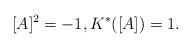
LaTeX: \begin{align*}\displaystyle{[A]^2 = -1, K^{*}([A]) = 1.}\end{align*}